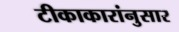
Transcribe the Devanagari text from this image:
टीकाकारांनुसार